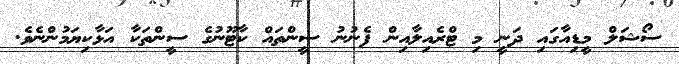
ސޯޝަލް މީޑިއާގައި ދަނީ މި ޓްރެއިލާއިން ފެނުނު ސީންތައް ކާޓޫނުގެ ސީންތަކާ އަޅާކިޔަމުންނެވެ.